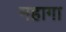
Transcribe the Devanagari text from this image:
महागा